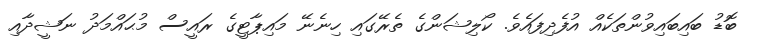
ބޮޑު ބައިބައިވުންތަކެއް އުފެދިފައެވެ. ކޯލިޝަންގެ ތެރޭގައި ހިނެނޭ މައިޕާޓީގެ ރައީސް މުޙައްމަދު ނަޝީދާއި